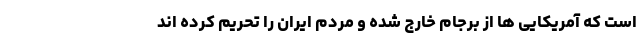
است که آمریکایی ها از برجام خارج شده و مردم ایران را تحریم کرده اند